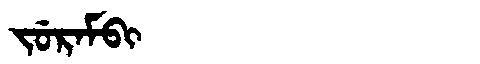
Manchu: ᠵᡠᡵᠠᠮᠪᡳ
Romanization: JURAMBI